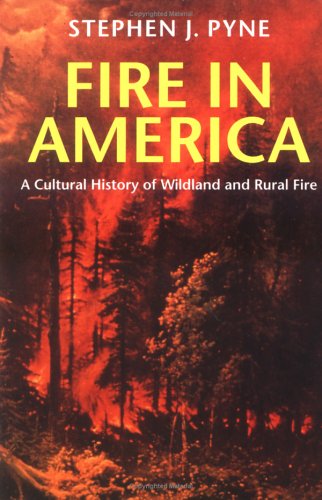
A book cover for Fire in America: A Cultural History of Wildland and Rural Fire (Weyerhaeuser Environmental Books); Stephen Pyne; Science & Math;